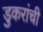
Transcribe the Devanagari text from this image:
डुकरांची